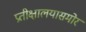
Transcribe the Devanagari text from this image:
प्रतीक्षालयासमोर